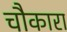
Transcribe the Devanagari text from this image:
चौकारा